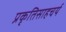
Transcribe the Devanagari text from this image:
प्रकृतिसाहचर्य